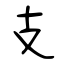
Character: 支